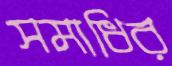
সমাধির